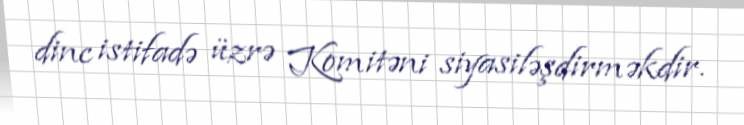
dinc istifadə üzrə Komitəni siyasiləşdirməkdir.